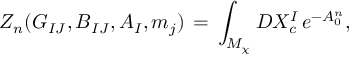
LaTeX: Z _ { n } ( G _ { I J } , B _ { I J } , A _ { I } , m _ { j } ) \, = \, \int _ { M _ { \chi } } { \cal D } X _ { c } ^ { I } \, e ^ { - A _ { 0 } ^ { n } } ,